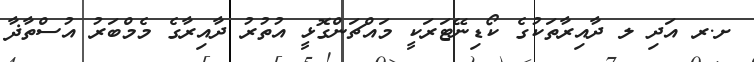
ށ.ރ އަދި ލ ދާއިރާތަކުގެ ކޯޑިނޭޓަރަކީ މައްޗަންގޮޅީ އުތުރު ދާއިރާގެ މެމްބަރު އުސްތާޛާ